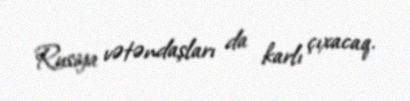
Rusiya vətəndaşları da karlı çıxacaq.